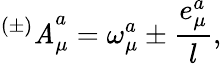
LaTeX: {^{(\pm)}\mathit{A}}_{\mu}^{a}=\omega_{\mu}^{a}\pm{\frac{{e_{\mu}^{a}}}{{l}}},